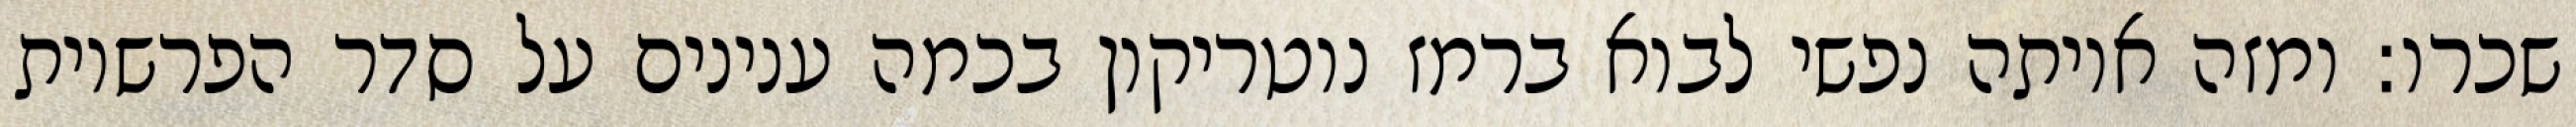
שכרו: ומזה איותה נפשי לבוא ברמז נוטריקון בכמה ענינים על סדר הפרשיות